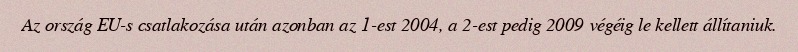
Az ország EU-s csatlakozása után azonban az 1-est 2004, a 2-est pedig 2009 végéig le kellett állítaniuk.